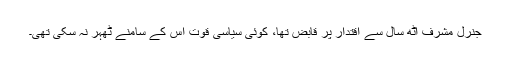
جنرل مشرف آٹھ سال سے اقتدار پر قابض تھا، کوئی سیاسی قوت اس کے سامنے ٹھہر نہ سکی تھی۔